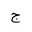
Letter: _gim